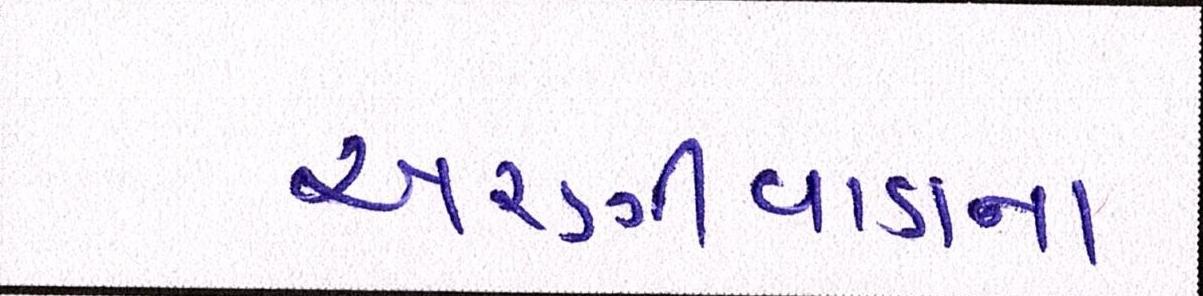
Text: અરણીવાડાના